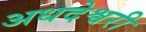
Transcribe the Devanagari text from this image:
अधदेश्वरी